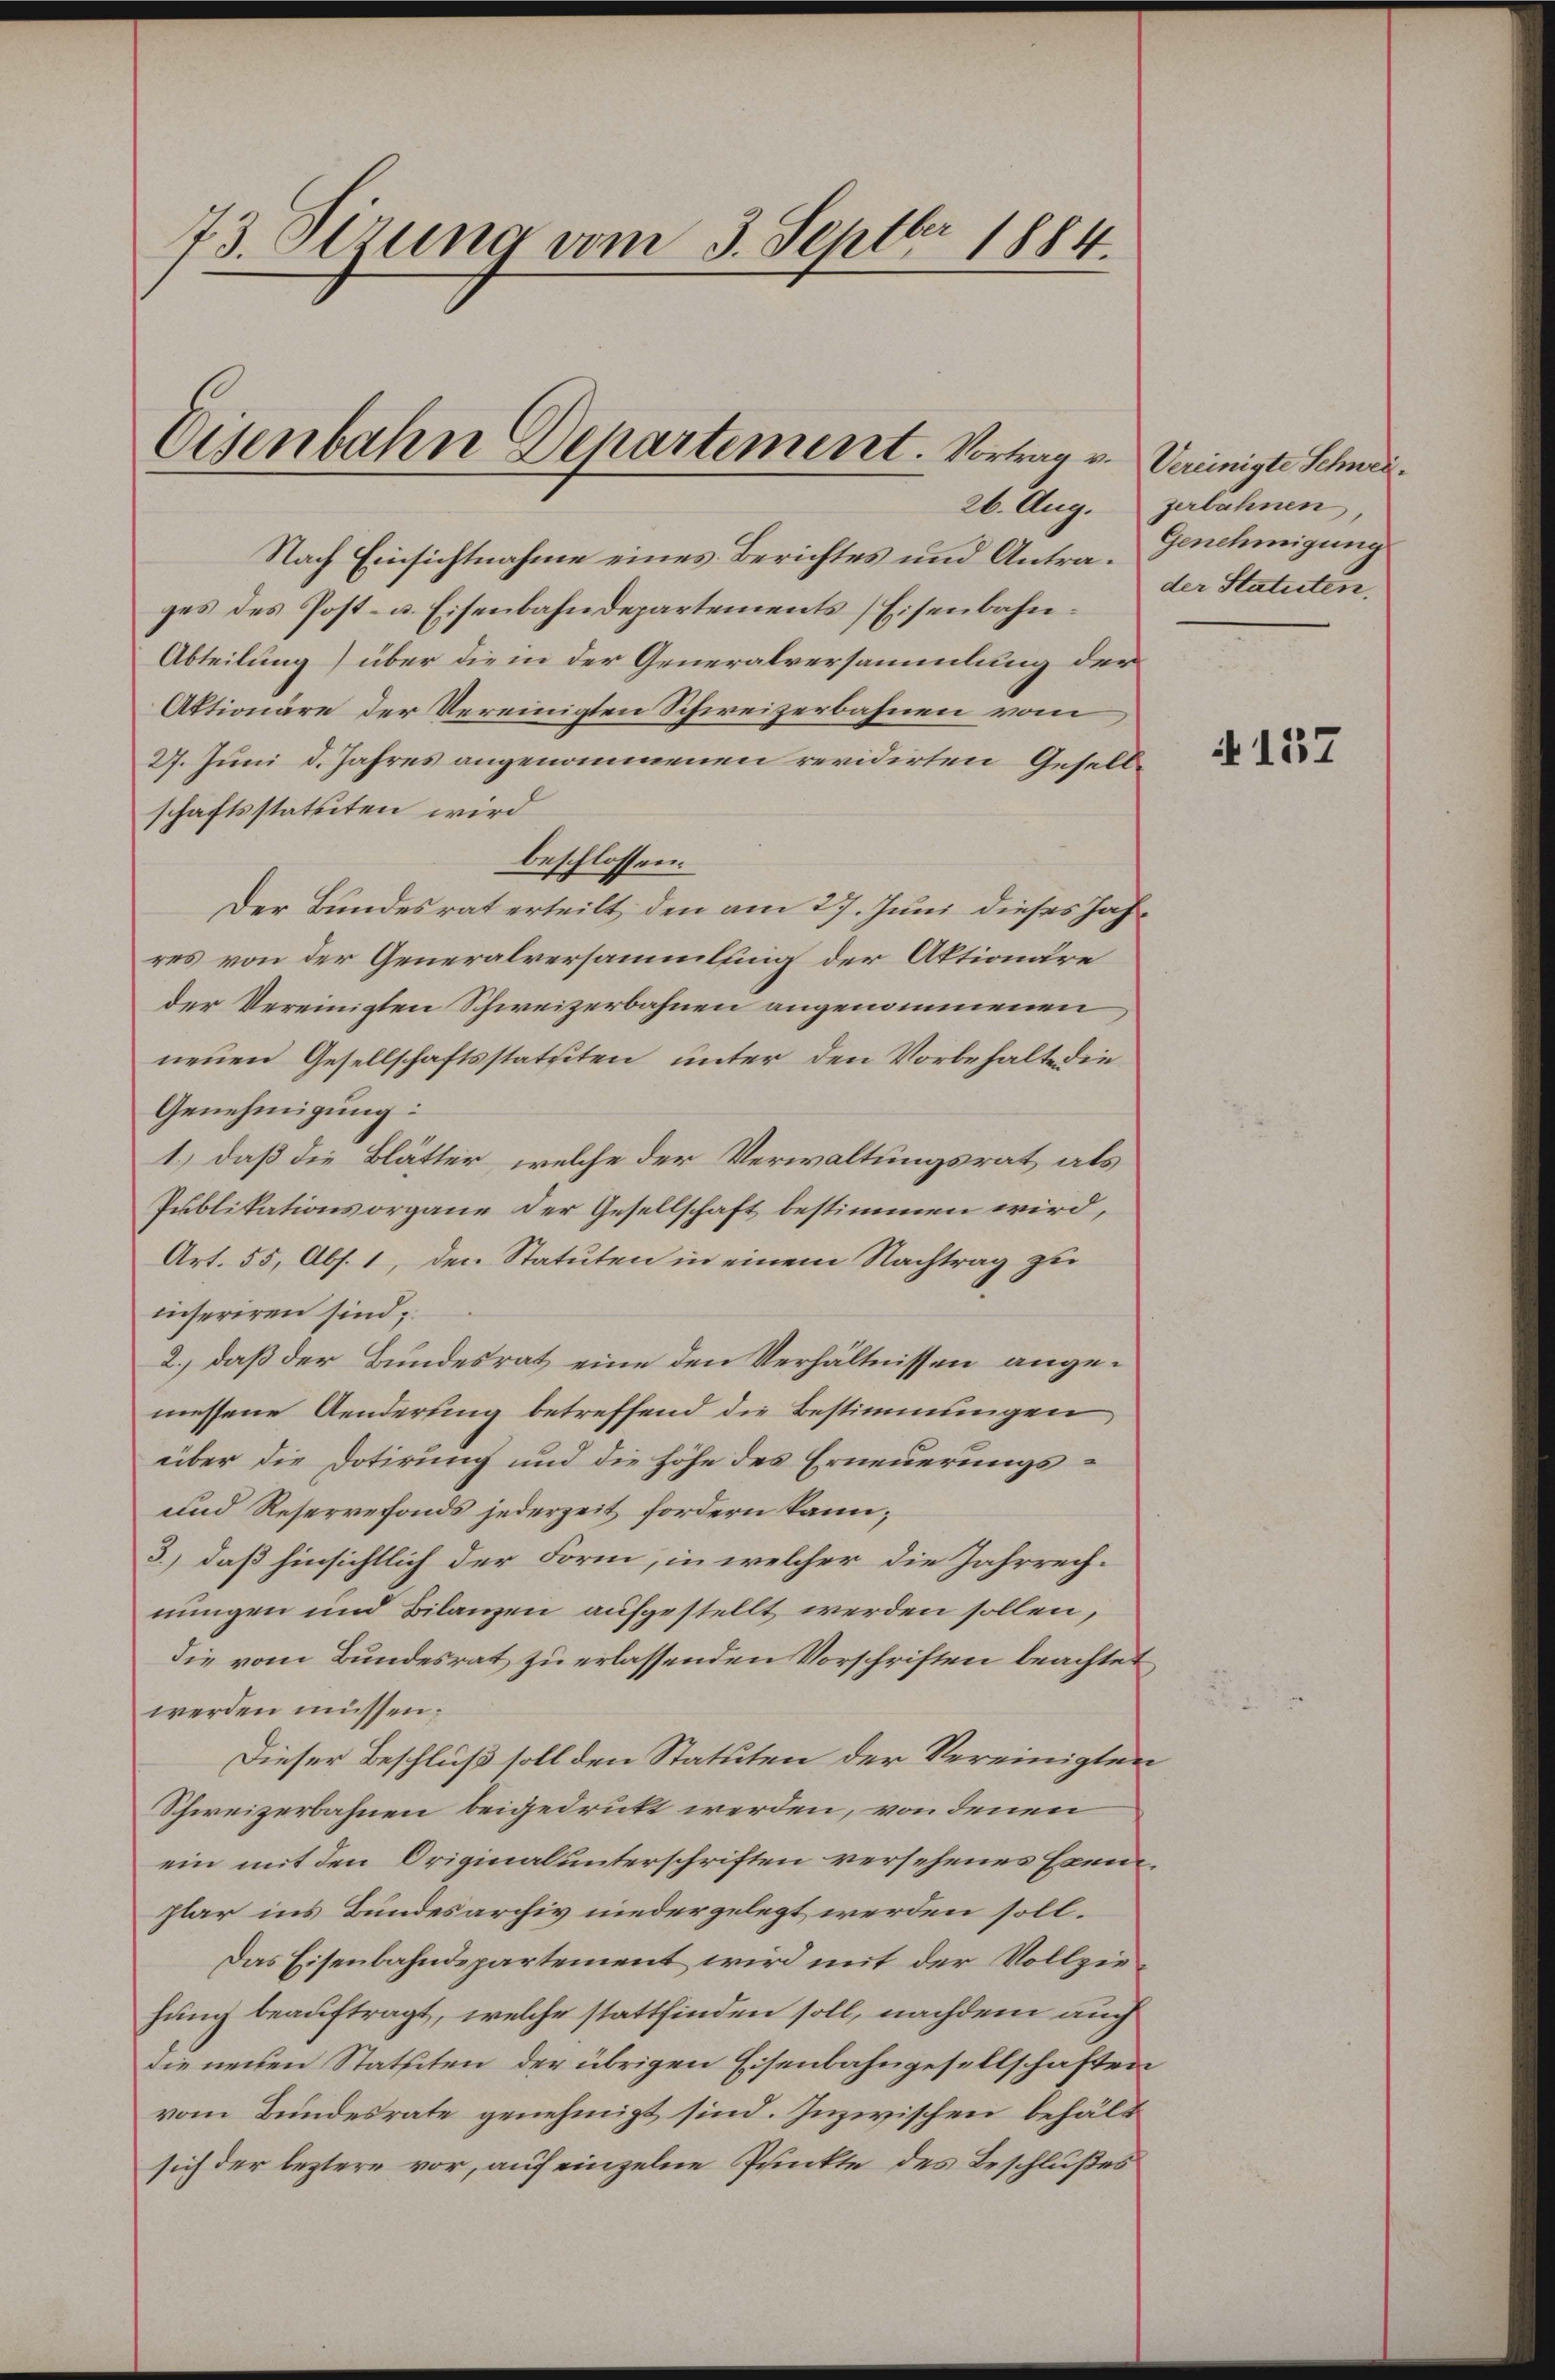
73. Situng vom 3. Septbr 1884.

Eisenbahn Departement. Vortrag v. Vereinigte Schnei¬

Nach Einsichtnahme eines Berichtes und Antra-Genehmigung
ges des Post- u. Eisenbahndepartements Eisenbahn¬
Abteilung) über die in der Generalversammlung der
Aktionäre der Vereinigten Schweizerbahnen vom
27. Juni d. Jahres angenommenen revidirten Gesellschaftsstatuten wird
beschlossen:
Der Bundesrat erteilt, den am 27. Juni dieses Jahres von der Generalversammlung der Aktionäre
der Vereinigten Schweizerbahnen angenommenen
neuen Gesellschaftsstatuiten, unter den Vorbehalte die
Genehmigung:
1.) daß die Blätter, welche der Verwaltungsrat als
Publikationsorgane der Gesellschaft bestimmen wird,
Art. 55, Abs. 1, den Statuten in einem Nachtrag zu
inferiren sind;
2.) daß der Bundesrat eine den Verhältnissen angemessene Aenderung betreffend die Bestimmungen
über die Dotirung und die Höhe des Erneuerungs¬
und Reservefonds jederzeit fordern kann;
3.) daß hinsichtlich der Form, in welcher die Jahrrechnungen und Bilanzen aufgestellt werden sollen,
die vom Bundesrat zu erlassenden Vorschriften beachtet
werden müssen:
Dieser Beschluß soll den Statuten der Vereinigten
Schweizerbahnen beigedruckt werden, von denen
ein mit den Originalunterschriften versehenes Exemplar ins Bundesarchiv niedergelegt werden soll.
Das Eisenbahndepartement wird mit der Vollziehung beauftragt, welche stattfinden soll, nachdem auch
die neuen Statuten der übrigen Eisenbahngesellschaften
vom Bundesrate genehmigt sind. Inzwischen behält
sich der leztere vor, auf einzelne Punkte des Beschlußes

26. Aug. zerbahnen
der Statuten.

137